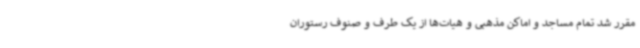
مقرر شد تمام مساجد و اماکن مذهبی و هیات‌ها از یک طرف و صنوف رستوران